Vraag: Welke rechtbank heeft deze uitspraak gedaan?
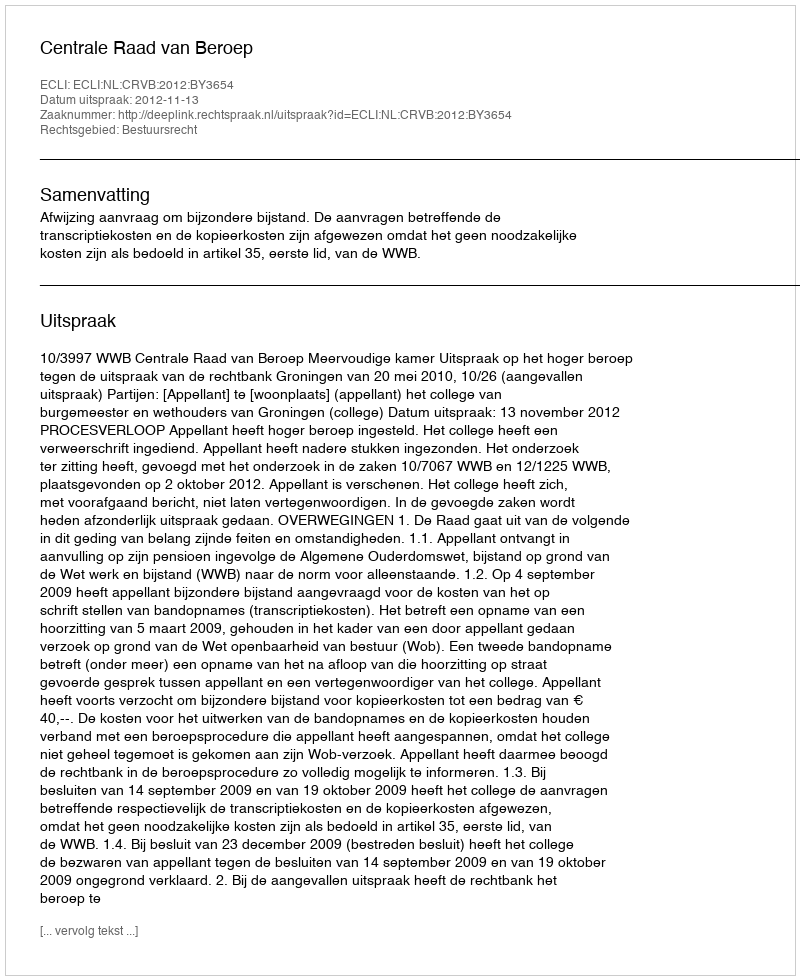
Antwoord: Centrale Raad van Beroep